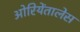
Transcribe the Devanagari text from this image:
ओरियेंतालेस